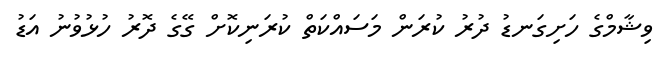
ވިޝާމްގެ ހަށިގަނޑު ދުރު ކުރަން މަސައްކަތް ކުރަނިކޮށް ގޭގެ ދޮރު ހުޅުވުނު އަޑު